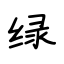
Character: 绿